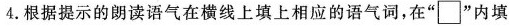
4. 根据提示的朗读语气在横线上填上相应的语气词，在"\Box"内填